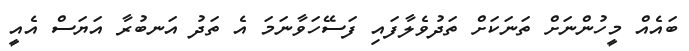
ބައެއް މީހުންނަށް ތަނަކަށް ތަދުވެލާފައި ފަސޭހަވާނަމަ އެ ތަދު އަނބުރާ އަޔަސް އެއީ